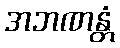
အဘဏန္တံ